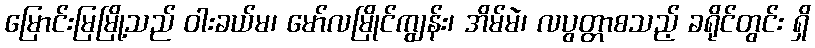
မြောင်းမြမြို့သည် ဝါးခယ်မ၊ မော်လမြိုင်ကျွန်း၊ အိမ်မဲ၊ လပွတ္တာစသည့် ခရိုင်တွင်း ရှိ